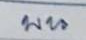
บน